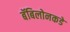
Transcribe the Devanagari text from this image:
बॅबिलोनकडे